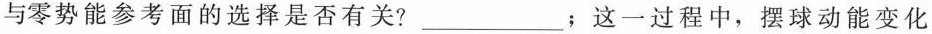
与零势能参考面的选择是否有关?___；这一过程中，摆球动能变化